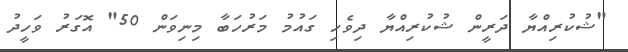
"ޝުކުރިއްޔާ ދަރީން ޝުކުރިއްޔާ ދިވެހި ގައުމު މަރުހަބާ މިނިވަން 50" އޮގަރު ވަހީދު